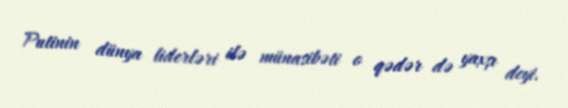
Putinin dünya liderləri ilə münasibəti o qədər də yaxşı deyi.